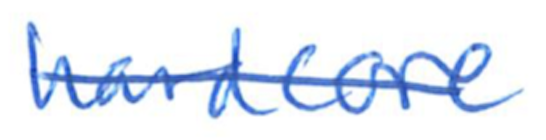
Text: hardcore
Cross-out: single-line
Writing tool: ballpoint